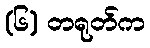
(၆) တရုတ်က